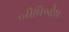
બીધિબોધ